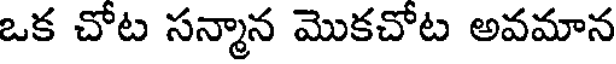
ఒక చోట సన్మాన మొకచోట అవమాన